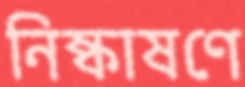
নিষ্কাষণে